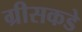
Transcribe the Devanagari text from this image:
ग्रीसकडे